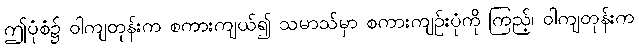
ဤပုံစံ၌ ဝါကျတုန်းက စကားကျယ်၍ သမာသ်မှာ စကားကျဉ်းပုံကို ကြည့်၊ ဝါကျတုန်းက